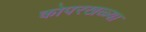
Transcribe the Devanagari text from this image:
कोपरखळ्या